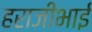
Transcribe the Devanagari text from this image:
हराजीभाई